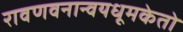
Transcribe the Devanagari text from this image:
रावणवनान्वयधूमकेतो